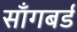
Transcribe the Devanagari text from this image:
साँगबर्ड